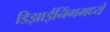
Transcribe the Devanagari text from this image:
डिझाईनिंगमध्ये